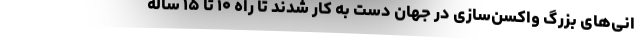
انی‌های بزرگ واکسن‌سازی در جهان دست به کار شدند تا راه ۱۰ تا ۱۵ ساله